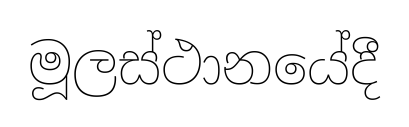
මූලස්ථානයේදී